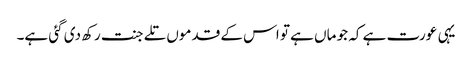
یہی عورت ہے کہ جو ماں ہے تو اس کے قدموں تلے جنت رکھ دی گئی ہے۔